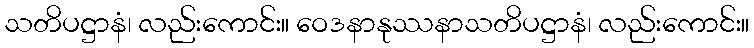
သတိပဋ္ဌာနံ၊ လည်းကောင်း။ ဝေဒနာနုဿနာသတိပဋ္ဌာနံ၊ လည်းကောင်း။